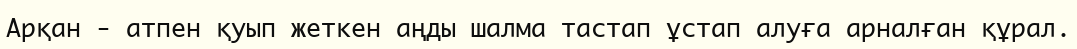
Арқан - атпен қуып жеткен аңды шалма тастап ұстап алуға арналған құрал.